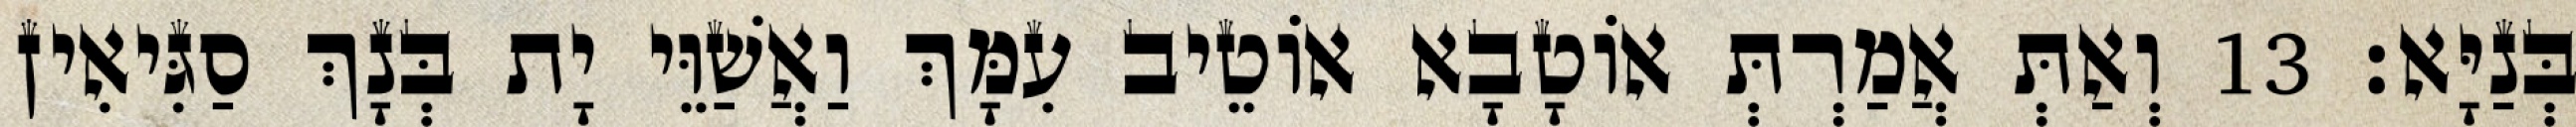
בְּנַיָּא׃ 13 וְאַתְּ אֲמַרְתְּ אוֹטָבָא אוֹטֵיב עִמָּךְ וַאֲשַׁוֵּי יָת בְּנָךְ סַגִּיאִין